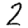
Digit: 2